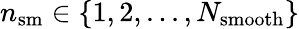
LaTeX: n_{\mathrm{sm}}\in\{ 1,2,...,N_{\mathrm{smooth}}\}